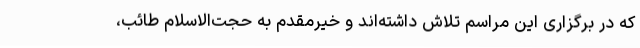
که در برگزاری این مراسم تلاش داشته‌اند و خیرمقدم به حجت‌الاسلام طائب،